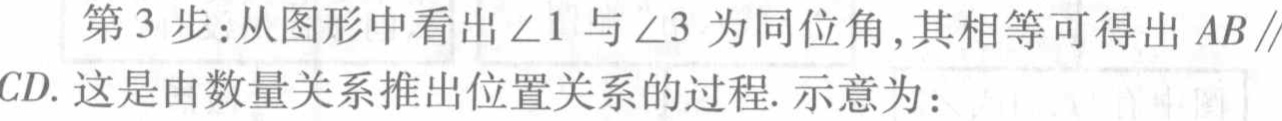
第3步：从图形中看出\(\angle 1\)与\(\angle 3\)为同位角,其相等可得出\(AB\parallel CD\). 这是由数量关系推出位置关系的过程. 示意为：